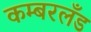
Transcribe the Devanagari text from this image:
कम्बरलँड